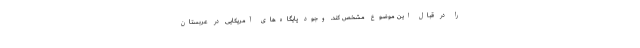
را در قبال این موضوع مشخص کند. وجود پایگاه‌های آمریکایی در عربستان